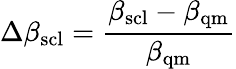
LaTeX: \Delta\beta_{\mathrm{scl}}=\frac{\beta_{\mathrm{scl}}-\beta_{\mathrm{qm}}}{\beta_{\mathrm{qm}}}